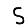
Digit: 5